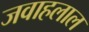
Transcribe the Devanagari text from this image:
जवाहलाल